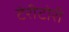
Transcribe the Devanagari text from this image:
टेरीटोरी